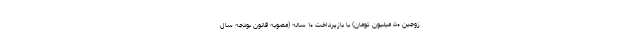
زوجین ۵۰ میلیون تومان) با بازپرداخت ۱۰ ساله (مصوبه قانون بودجه سال